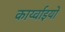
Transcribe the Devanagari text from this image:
कार्य्वाइयों